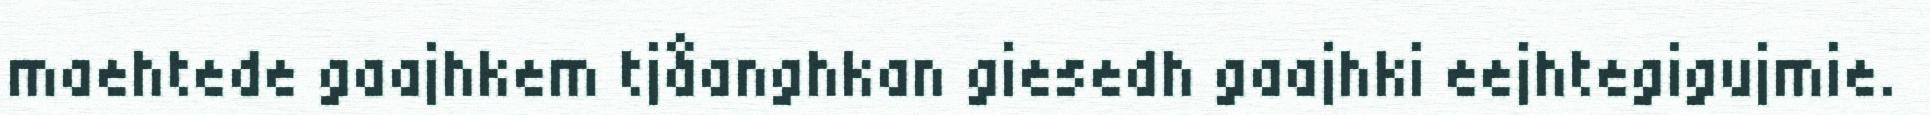
maehtede gaajhkem tjåanghkan giesedh gaajhki eejhtegigujmie.